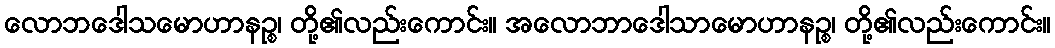
လောဘဒေါသမောဟာနဉ္စ၊ တို့၏လည်းကောင်း။ အလောဘာဒေါသာမောဟာနဉ္စ၊ တို့၏လည်းကောင်း။